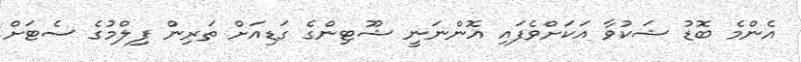
އެންމެ ބޮޑު ޝަކުވާ އަކަށްވެފައި އޮންނަނީ ޝޫޓިންގެ ގަޑިއަށް ތަރިން ފިލްމުގެ ސެޓަށް